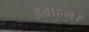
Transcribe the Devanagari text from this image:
अब्राहम।